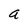
Character: a